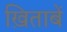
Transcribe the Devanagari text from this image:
ख़िताबें